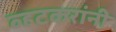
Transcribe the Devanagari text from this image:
व्हटकरांनी